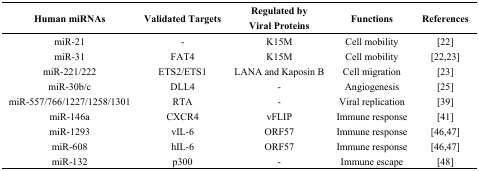
| Human miRNAs | Validated Targets | Regulated by Viral Proteins | Functions | References |
 | --- | --- | --- | --- | --- |
 | miR-21 | - | K15M | Cell mobility | [22] |
 | miR-31 | FAT4 | K15M | Cell mobility | [22,23] |
 | miR-221/222 | ETS2/ETS1 | LANA and Kaposin B | Cell migration | [23] |
 | miR-30b/c | DLL4 | - | Angiogenesis | [25] |
 | miR-557/766/1227/1258/1301 | RTA | - | Viral replication | [39] |
 | miR-146a | CXCR4 | vFLIP | Immune response | [41] |
 | miR-1293 | vIL-6 | ORF57 | Immune response | [46,47] |
 | miR-608 | hIL-6 | ORF57 | Immune response | [46,47] |
 | miR-132 | p300 | - | Immune escape | [48] |